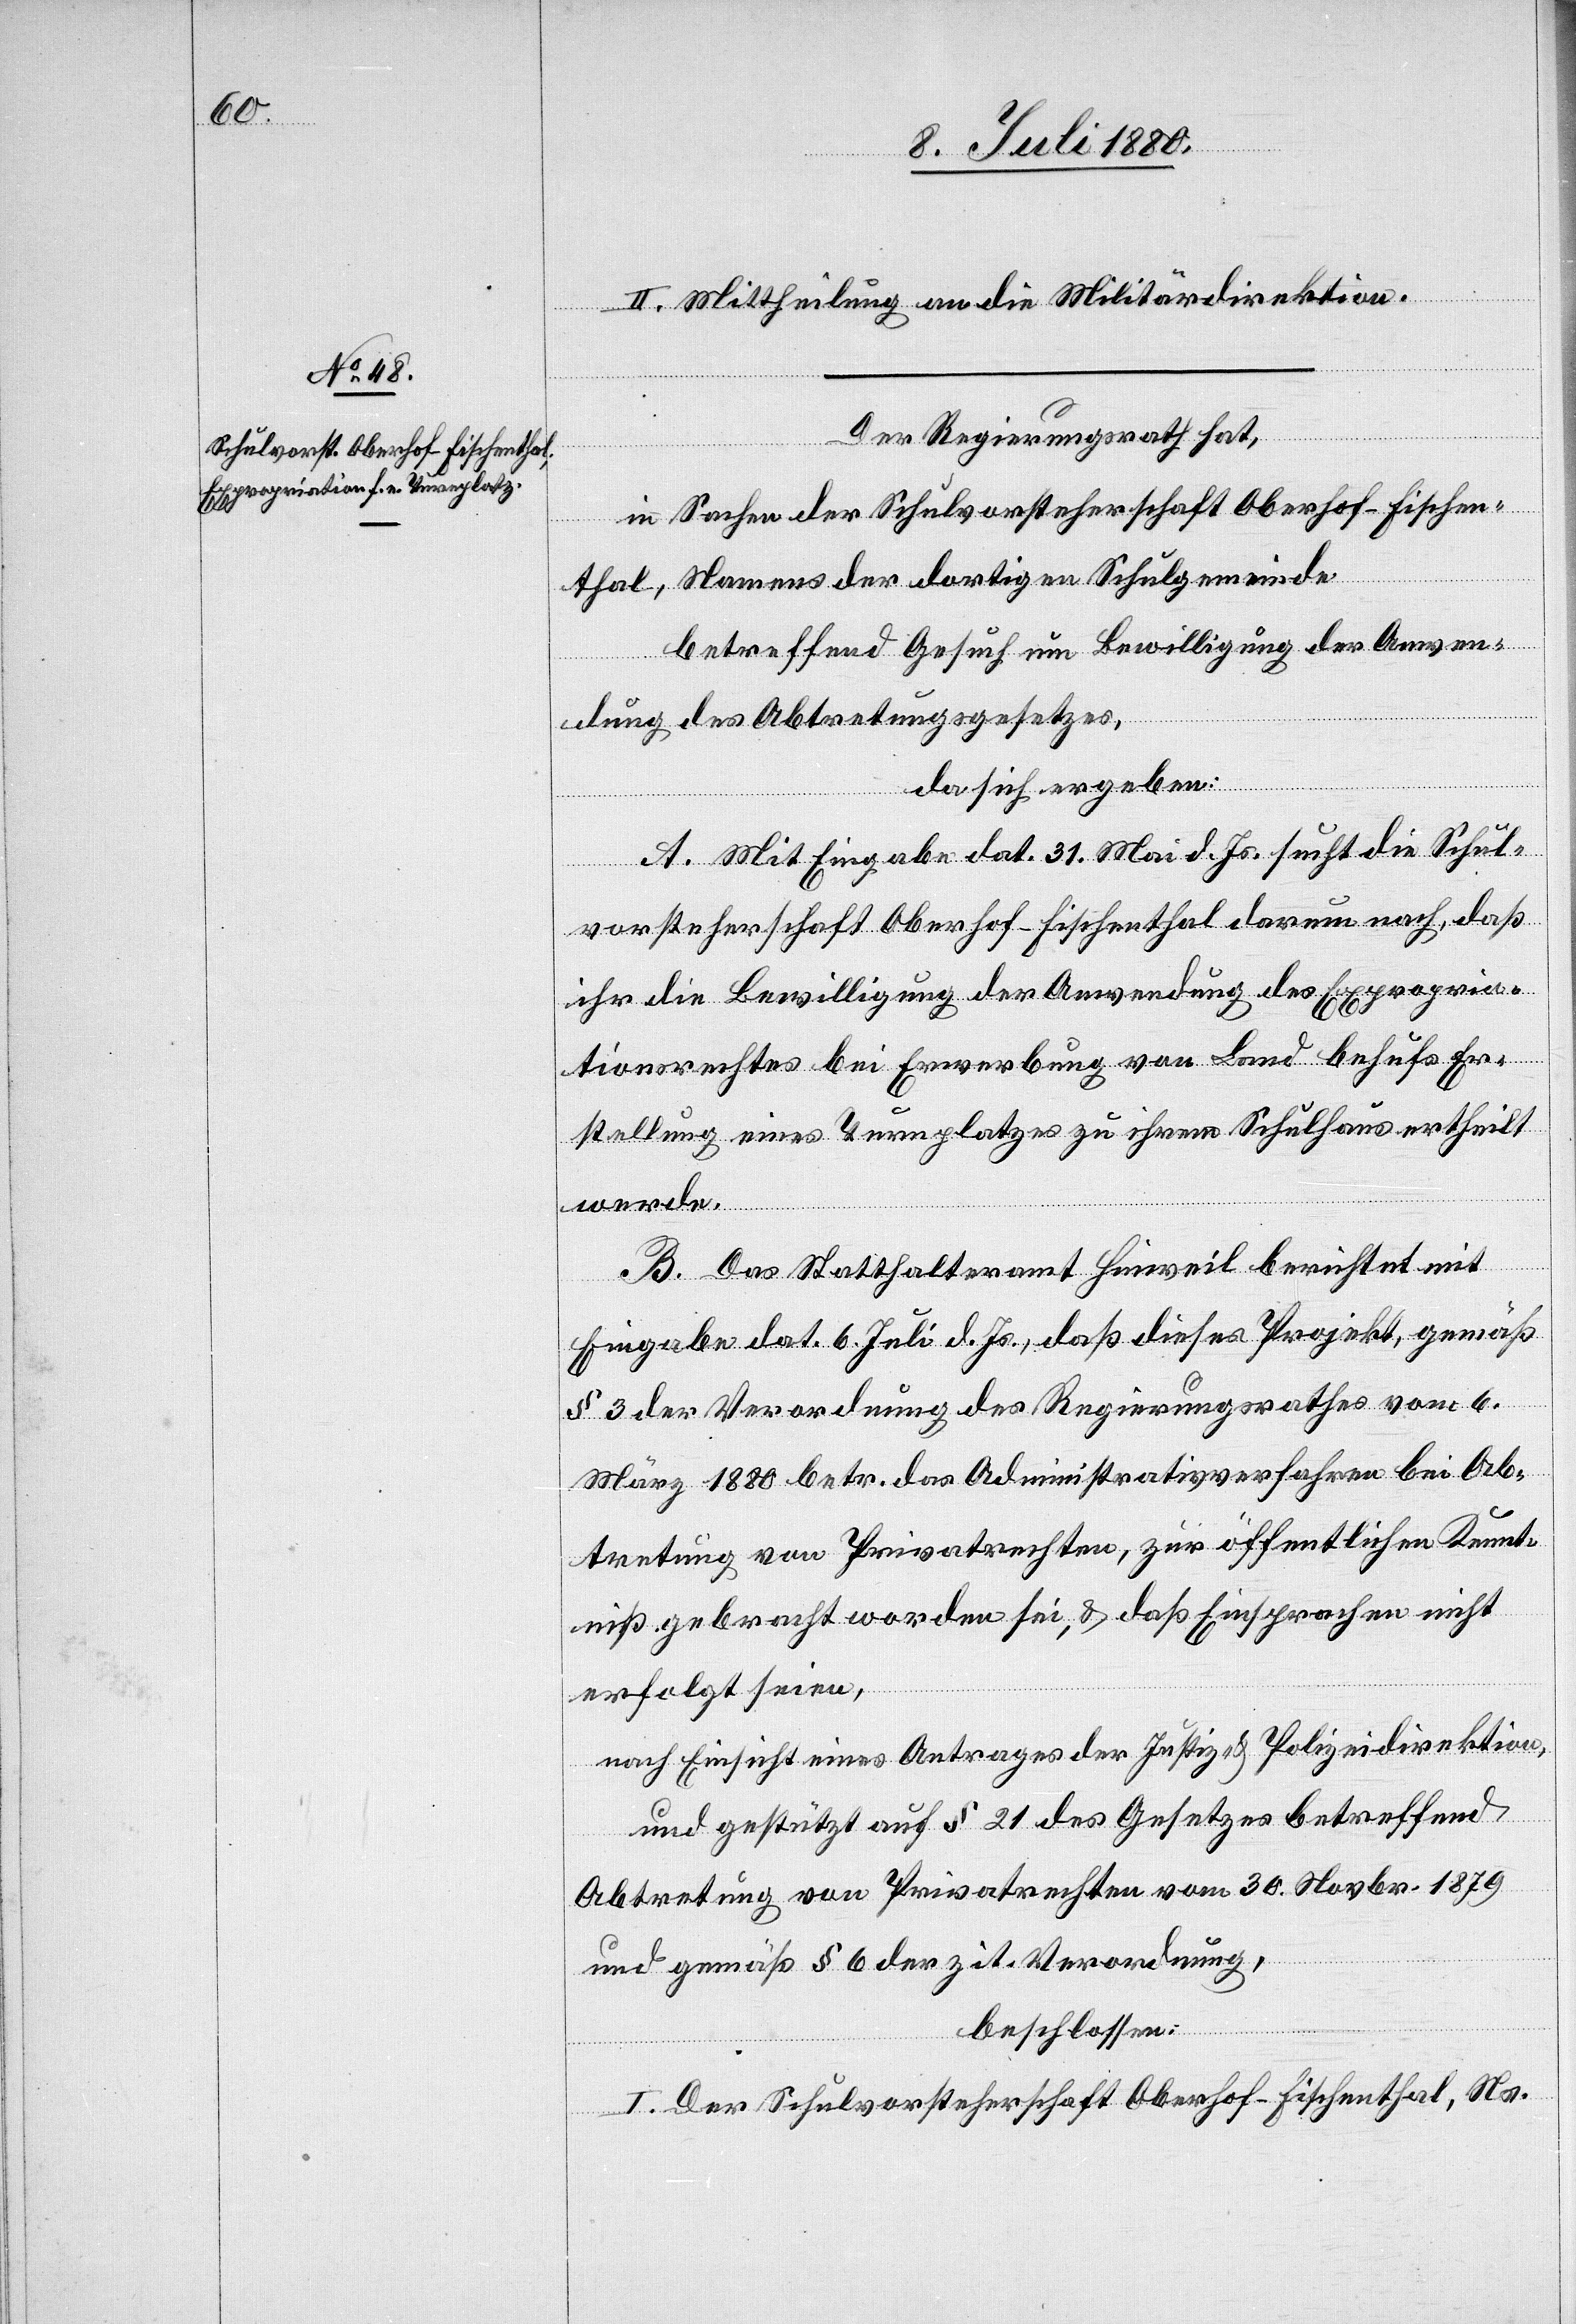
II. Mittheilung an die Militärdirektion.
Der Regierungsrath hat,
in Sachen der Schulvorsteherschaft Oberhof - Fischen¬
thal, Namens der dortigen Schulgemeinde
betreffend Gesuch um Bewilligung der Anwen¬
dung des Abtretungsgesetzes,
da sich ergeben:
A. Mit Eingabe dat. 31. Mai d. Js. sucht die Schul¬
vorsteherschaft Oberhof - Fischenthal darum nach, daß
ihr die Bewilligung der Anwendung des Expropria¬
tionsrechtes bei Erwerbung von Land behufs Er¬
stellung eines Turnplatzes zu ihrem Schulhaus ertheilt
werde.
B. Das Statthalteramt Hinweil berichtet mit
Eingabe dat. 6. Juli d. Js., daß dieses Projekt, gemäß
§ 3 der Verordnung des Regierungsrathes vom 6.
März 1880 betr. das Administrativverfahren bei Ab¬
tretung von Privatrechten, zur öffentlichen Kennt¬
niß gebracht worden sei, & daß Einsprachen nicht
erfolgt seien,
nach Einsicht eines Antrages der Justiz- & Polizeidirektion,
und gestützt auf § 21 des Gesetzes betreffend
Abtretung von Privatrechten vom 30. Novbr. 1879
und gemäß § 6 der zit. Verordnung,
beschloßen:
I. Der Schulvorsteherschaft Oberhof - Fischenthal, Ns.